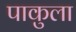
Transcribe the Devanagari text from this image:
पाकुला